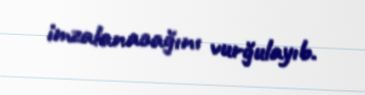
imzalanacağını vurğulayıb.